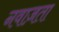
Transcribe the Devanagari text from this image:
नवाज़ता